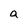
Character: a